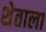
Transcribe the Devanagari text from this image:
शेताला